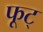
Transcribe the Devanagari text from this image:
फूट्